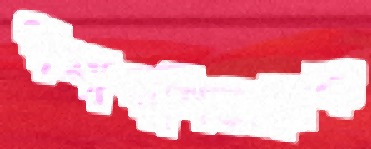
পাশাপাশিঅনেক